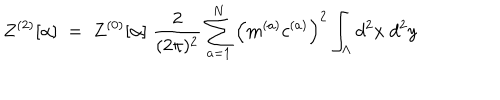
Z ^ { ( 2 ) } [ \alpha ] \; = \; Z ^ { ( 0 ) } [ \alpha ] \; \frac { 2 } { ( 2 \pi ) ^ { 2 } } \sum _ { a = 1 } ^ { N } \Big ( m ^ { ( a ) } c ^ { ( a ) } \Big ) ^ { 2 } \int _ { \Lambda } d ^ { 2 } x \; d ^ { 2 } y